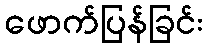
ဖောက်ပြန်ခြင်း